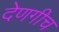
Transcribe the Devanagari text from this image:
देणगीच